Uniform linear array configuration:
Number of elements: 4
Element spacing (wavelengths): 1
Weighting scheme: hann
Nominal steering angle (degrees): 0
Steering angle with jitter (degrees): -1.487
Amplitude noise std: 0.05
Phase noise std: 0.05

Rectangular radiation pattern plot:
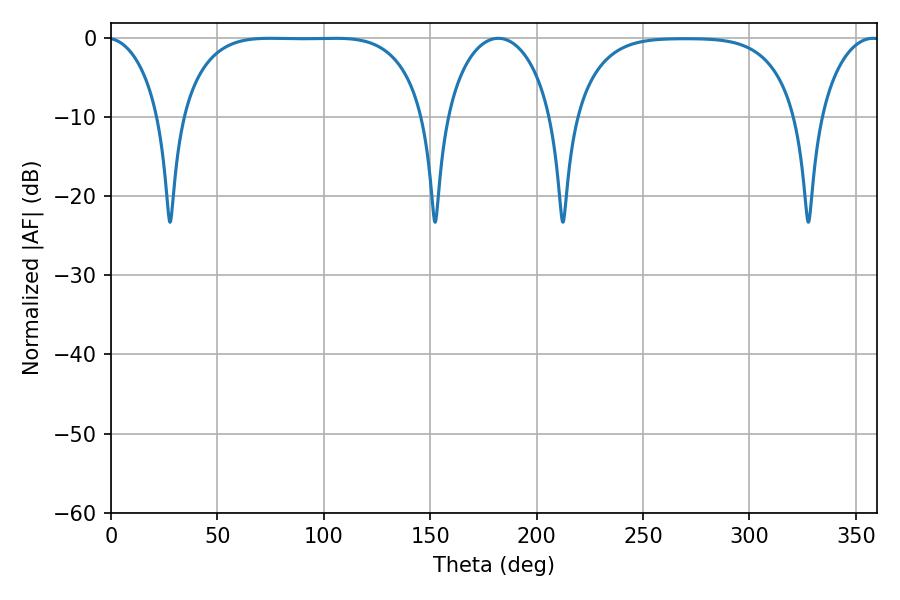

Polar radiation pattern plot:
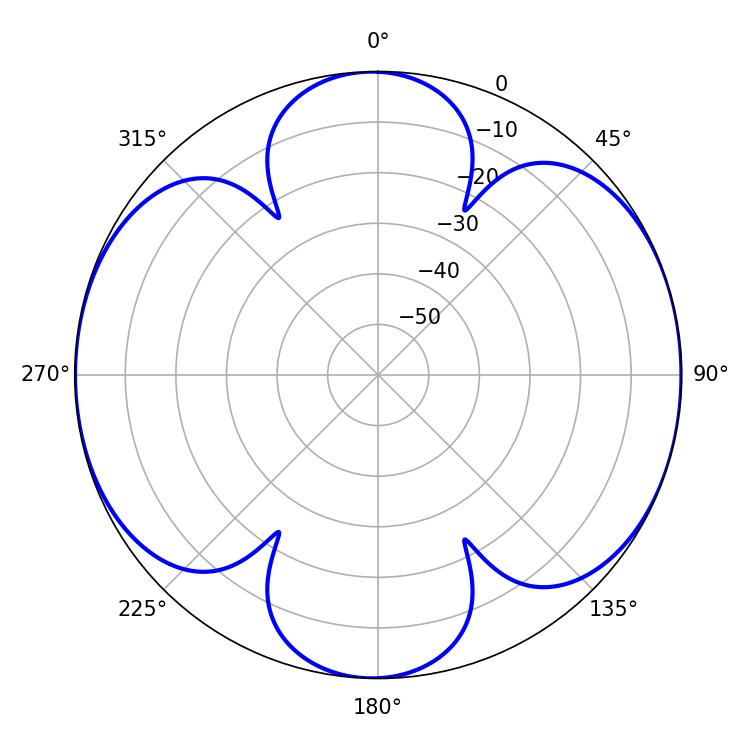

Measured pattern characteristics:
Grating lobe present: TRUE
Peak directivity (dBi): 11.429
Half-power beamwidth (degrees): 88.56
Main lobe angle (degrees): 74.88